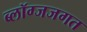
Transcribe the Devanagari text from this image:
ब्लॉग्जजगत